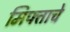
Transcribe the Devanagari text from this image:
मिफ्ताचे